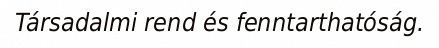
Társadalmi rend és fenntarthatóság.